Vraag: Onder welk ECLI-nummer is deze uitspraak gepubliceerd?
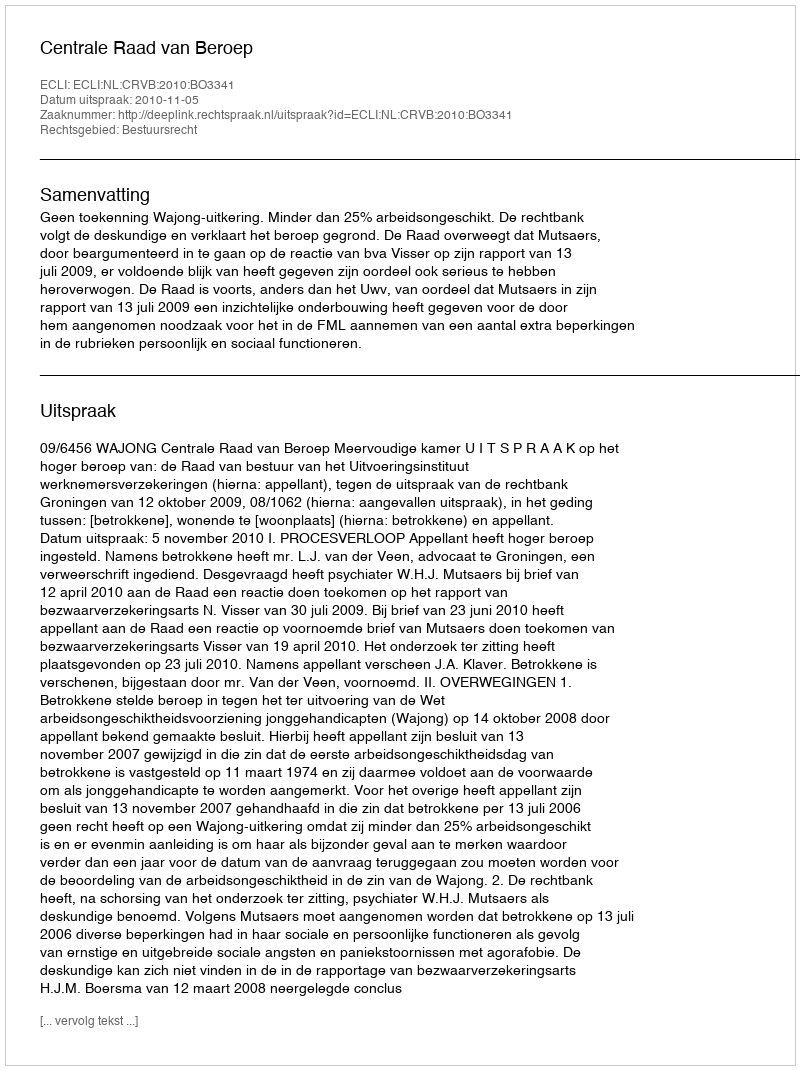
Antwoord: ECLI:NL:CRVB:2010:BO3341